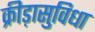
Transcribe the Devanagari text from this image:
क्रीड़ासुविधा